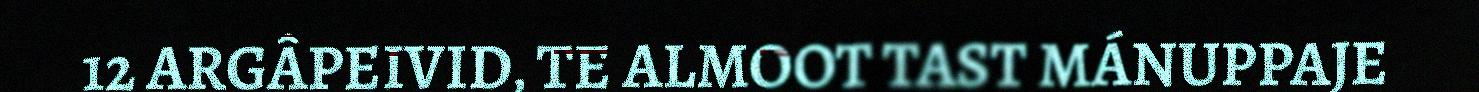
12 ARGÂPEIVID, TE ALMOOT TAST MÁNUPPAJE